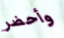
وأحضر